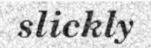
slickly